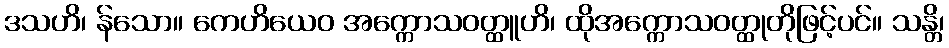
ဒသဟိ၊ န်သော။ ကေဟိယေဝ အက္ကောသဝတ္ထူဟိ၊ ထိုအက္ကောသဝတ္ထုတိုဖြင့်ပင်။ သန္တိ၊